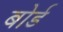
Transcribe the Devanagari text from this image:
बोर्ड